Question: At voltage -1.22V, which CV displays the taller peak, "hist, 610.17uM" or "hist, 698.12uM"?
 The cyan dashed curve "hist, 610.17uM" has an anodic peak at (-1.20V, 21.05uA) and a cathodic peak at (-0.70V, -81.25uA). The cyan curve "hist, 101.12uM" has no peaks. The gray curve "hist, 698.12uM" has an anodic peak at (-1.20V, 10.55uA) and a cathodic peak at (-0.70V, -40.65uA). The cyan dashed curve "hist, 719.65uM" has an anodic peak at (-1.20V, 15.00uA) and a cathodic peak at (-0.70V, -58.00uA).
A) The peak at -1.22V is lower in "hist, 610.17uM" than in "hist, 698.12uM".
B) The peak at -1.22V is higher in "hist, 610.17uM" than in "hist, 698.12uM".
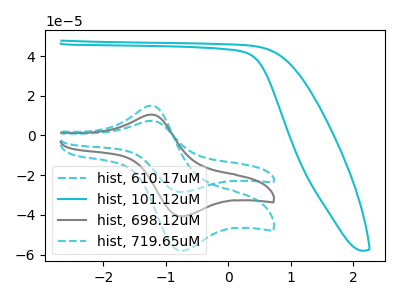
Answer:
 <answer>B) The peak at -1.22V is higher in "hist, 610.17uM" than in "hist, 698.12uM".</answer>
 <eval>B</eval>